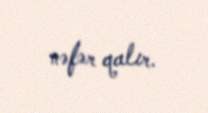
nəfər qalır.